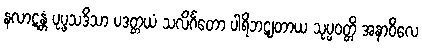
နလာဋန္တံ ပုပ္ဖသဒိသာ ပဒတ္တယံ သလိင်္ဂတော ပါရိဘဋျတာယ သုပ္ပဝတ္တိ အနာဝိလေ